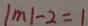
\vert m \vert - 2 = 1